Report on vaccination proceedings throughout the Government of Bengal -
Year: 1868
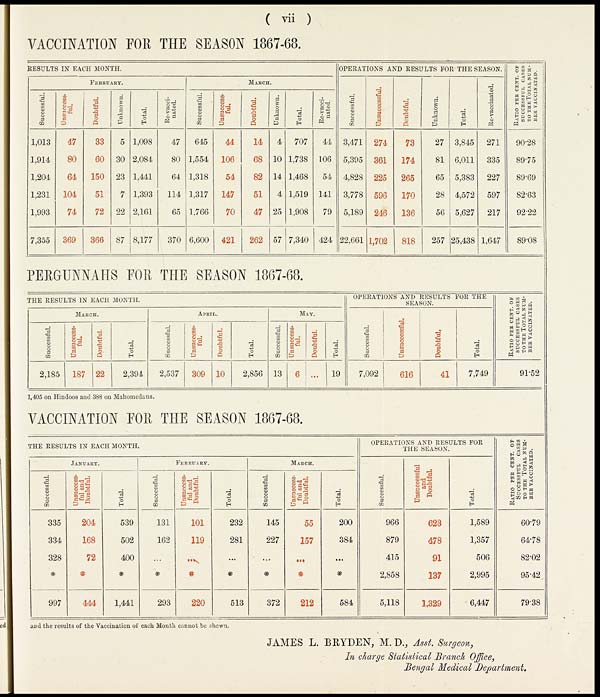
( vii )
VACCINATION FOR THE SEASON 1867-68.
RESULTS IN EACH MONTH.
FEBRUARY.
Successful.
1,013
1,914
1,204
1,231
1,993
7,355
Unsuccess-
ful.
47
80
64
104
74
369
Doubtful.
33
60
150
51
72
366
Unknown.
5
30
23
7
22
87
Total.
1,098
2,084
1,441
1,393
2,161
8,177
Re-vacci-
nated.
47
80
64
114
65
370
MARCH.
Successful.
645
1,554
1,318
1,317
1,766
6,600
Unsuccess-
ful.
44
106
54
147
70
421
Doubtful.
14
68
82
51
47
262
Unknown.
4
10
14
4
25
57
Total.
707
1,738
1,468
1,519
1,908
7,340
Re-vacci-
nated.
44
106
54
141
79
424
OPERATIONS AND RESULTS FOR THE SEASON.
Successful.
3,471
5,395
4,828
3,778
5,189
22,661
Unsuccessful.
274
361
225
596
246
1,702
Doubtful.
73
174
265
170
136
818
Unknown.
27
81
65
28
56
257
Total.
3,845
6,011
5,383
4,572
5,627
25,438
Re-vaccinated.
271
335
227
597
217
1,647
RATIO PER CENT. OF
SUCCESSFUL CASES
TO THE TOTAL NUM-
--- VACCINATED.
90.28
89.75
89.69
82.63
92.22
89.08
PERGUNNAHS FOR THE SEASON 1867-68.
THE RESULTS IN EACH MONTH.
MARCH.
Successful.
2,185
Unsuccess-
ful.
187
Doubtful.
22
Total.
2,394
APRIL.
Successful.
2,537
Unsuccess-
ful.
309
Doubtful.
10
Total.
2,856
MAY.
Successful.
Unsuccess-
ful.
13
Doubtful.
...
Total.
19
OPERATIONS AND RESULTS FOR THE
SEASON.
Successful.
7,092
Unsuccessful.
616
Doubtful.
41
Total.
7,749
RATIO PER CENT. OF
SUCCESSFUL CASES
TO THE TOTAL NUM-
--- VACCINATED.
91.52
1,405 on Hindoos and 388 on Mahomedans.
VACCINATION FOR THE SEASON 1867-68.
THE RESULTS IN EACH MONTH.
JANUARY.
Successful.
335
334
328
*
997
Unsuccess-
ful and
Doubtful.
204
168
72
*
444
Total.
539
502
400
*
1,441
FEBRUARY.
Successful.
131
162
...
*
293
Unsuccess-
ful and
Doubtful.
101
119
...
*
220
Total.
232
281
...
*
513
MARCH.
Successful.
145
227
...
*
372
Unsuccess-
ful and
Doubtful.
55
157
...
*
212
Total.
200
384
...
*
584
OPERATIONS AND RESULTS FOR
THE SEASON.
Successful.
966
879
415
2,858
5,118
Unsuccessful
and
Doubtful.
623
478
91
137
1,329
Total.
1,589
1,357
506
2,995
6,447
RATIO PER CENT. OF
SUCCESSFUL CASES
TO THE TOTAL NUM-
--- VACCINATED.
60.79
64.78
82.02
95.42
79.38
and the results of the Vaccination of each Month cannot be shewn.
JAMES L. BRYDEN, M. D., Asst. Surgeon,
In charge Statistical Branch Office,
Bengal Medical Department.